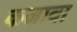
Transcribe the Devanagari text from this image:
कजावा